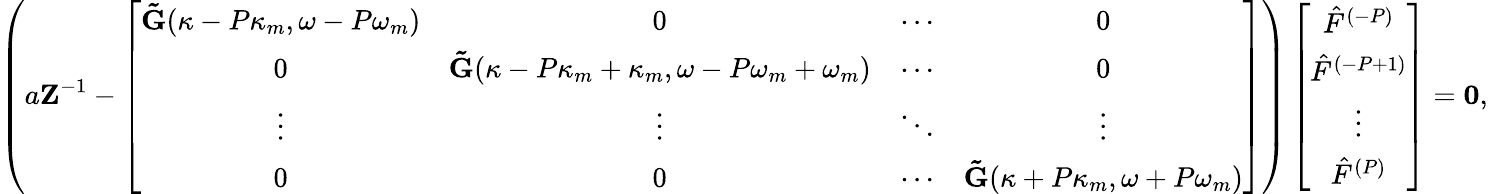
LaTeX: \left(a\mathbf{Z}^{-1}-\left[\begin{array}{cccc}{\mathbf{\tilde{G}}(\kappa-P\kappa_{m},\omega-P\omega_{m})}&{0}&{\cdots}&{0}\\ {0}&{\mathbf{\tilde{G}}(\kappa-P\kappa_{m}+\kappa_{m},\omega-P\omega_{m}+\omega_{m})}&{\cdots}&{0}\\ {\vdots}&{\vdots}&{\ddots}&{\vdots}\\ {0}&{0}&{\cdots}&{\mathbf{\tilde{G}}(\kappa+P\kappa_{m},\omega+P\omega_{m})}\end{array}\right]\right)\left[\begin{array}{c}{\hat{F}^{(-P)}}\\ {\hat{F}^{(-P+1)}}\\ {\vdots}\\ {\hat{F}^{(P)}}\end{array}\right]=\mathbf{0},